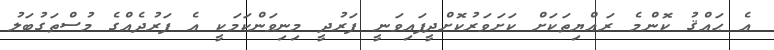
އެ ޙައްޤު ކޮންމެ ރައްޔިތަކަށް ކަށަވަރުކޮށްދީފައިވަނީ ފަރުދީ މިނިވަންކަމަކީ އެ ފަރުދެއްގެ މުސްތަގުބަލު